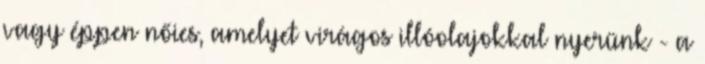
vagy éppen nőies, amelyet virágos illóolajokkal nyerünk - a